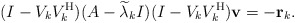
\begin{align*}(I-V_kV_k^{\rm H})(A-\widetilde{\lambda}_k I)(I-V_kV_k^{\rm H}){\bf v}=-{\bf r}_k.\end{align*}